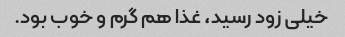
خیلی زود رسید، غذا هم گرم و خوب بود.